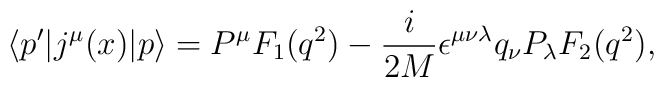
\left<p^{\prime}|j^{\mu}(x)|p \right>=P^{\mu}F_1(q^2)-{i\over 2M}\epsilon^{\mu\nu\lambda}q_{\nu}P_{\lambda}F_2(q^2),